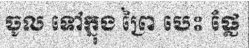
ចូល ទៅក្នុង ព្រៃ បេះ ផ្លែ